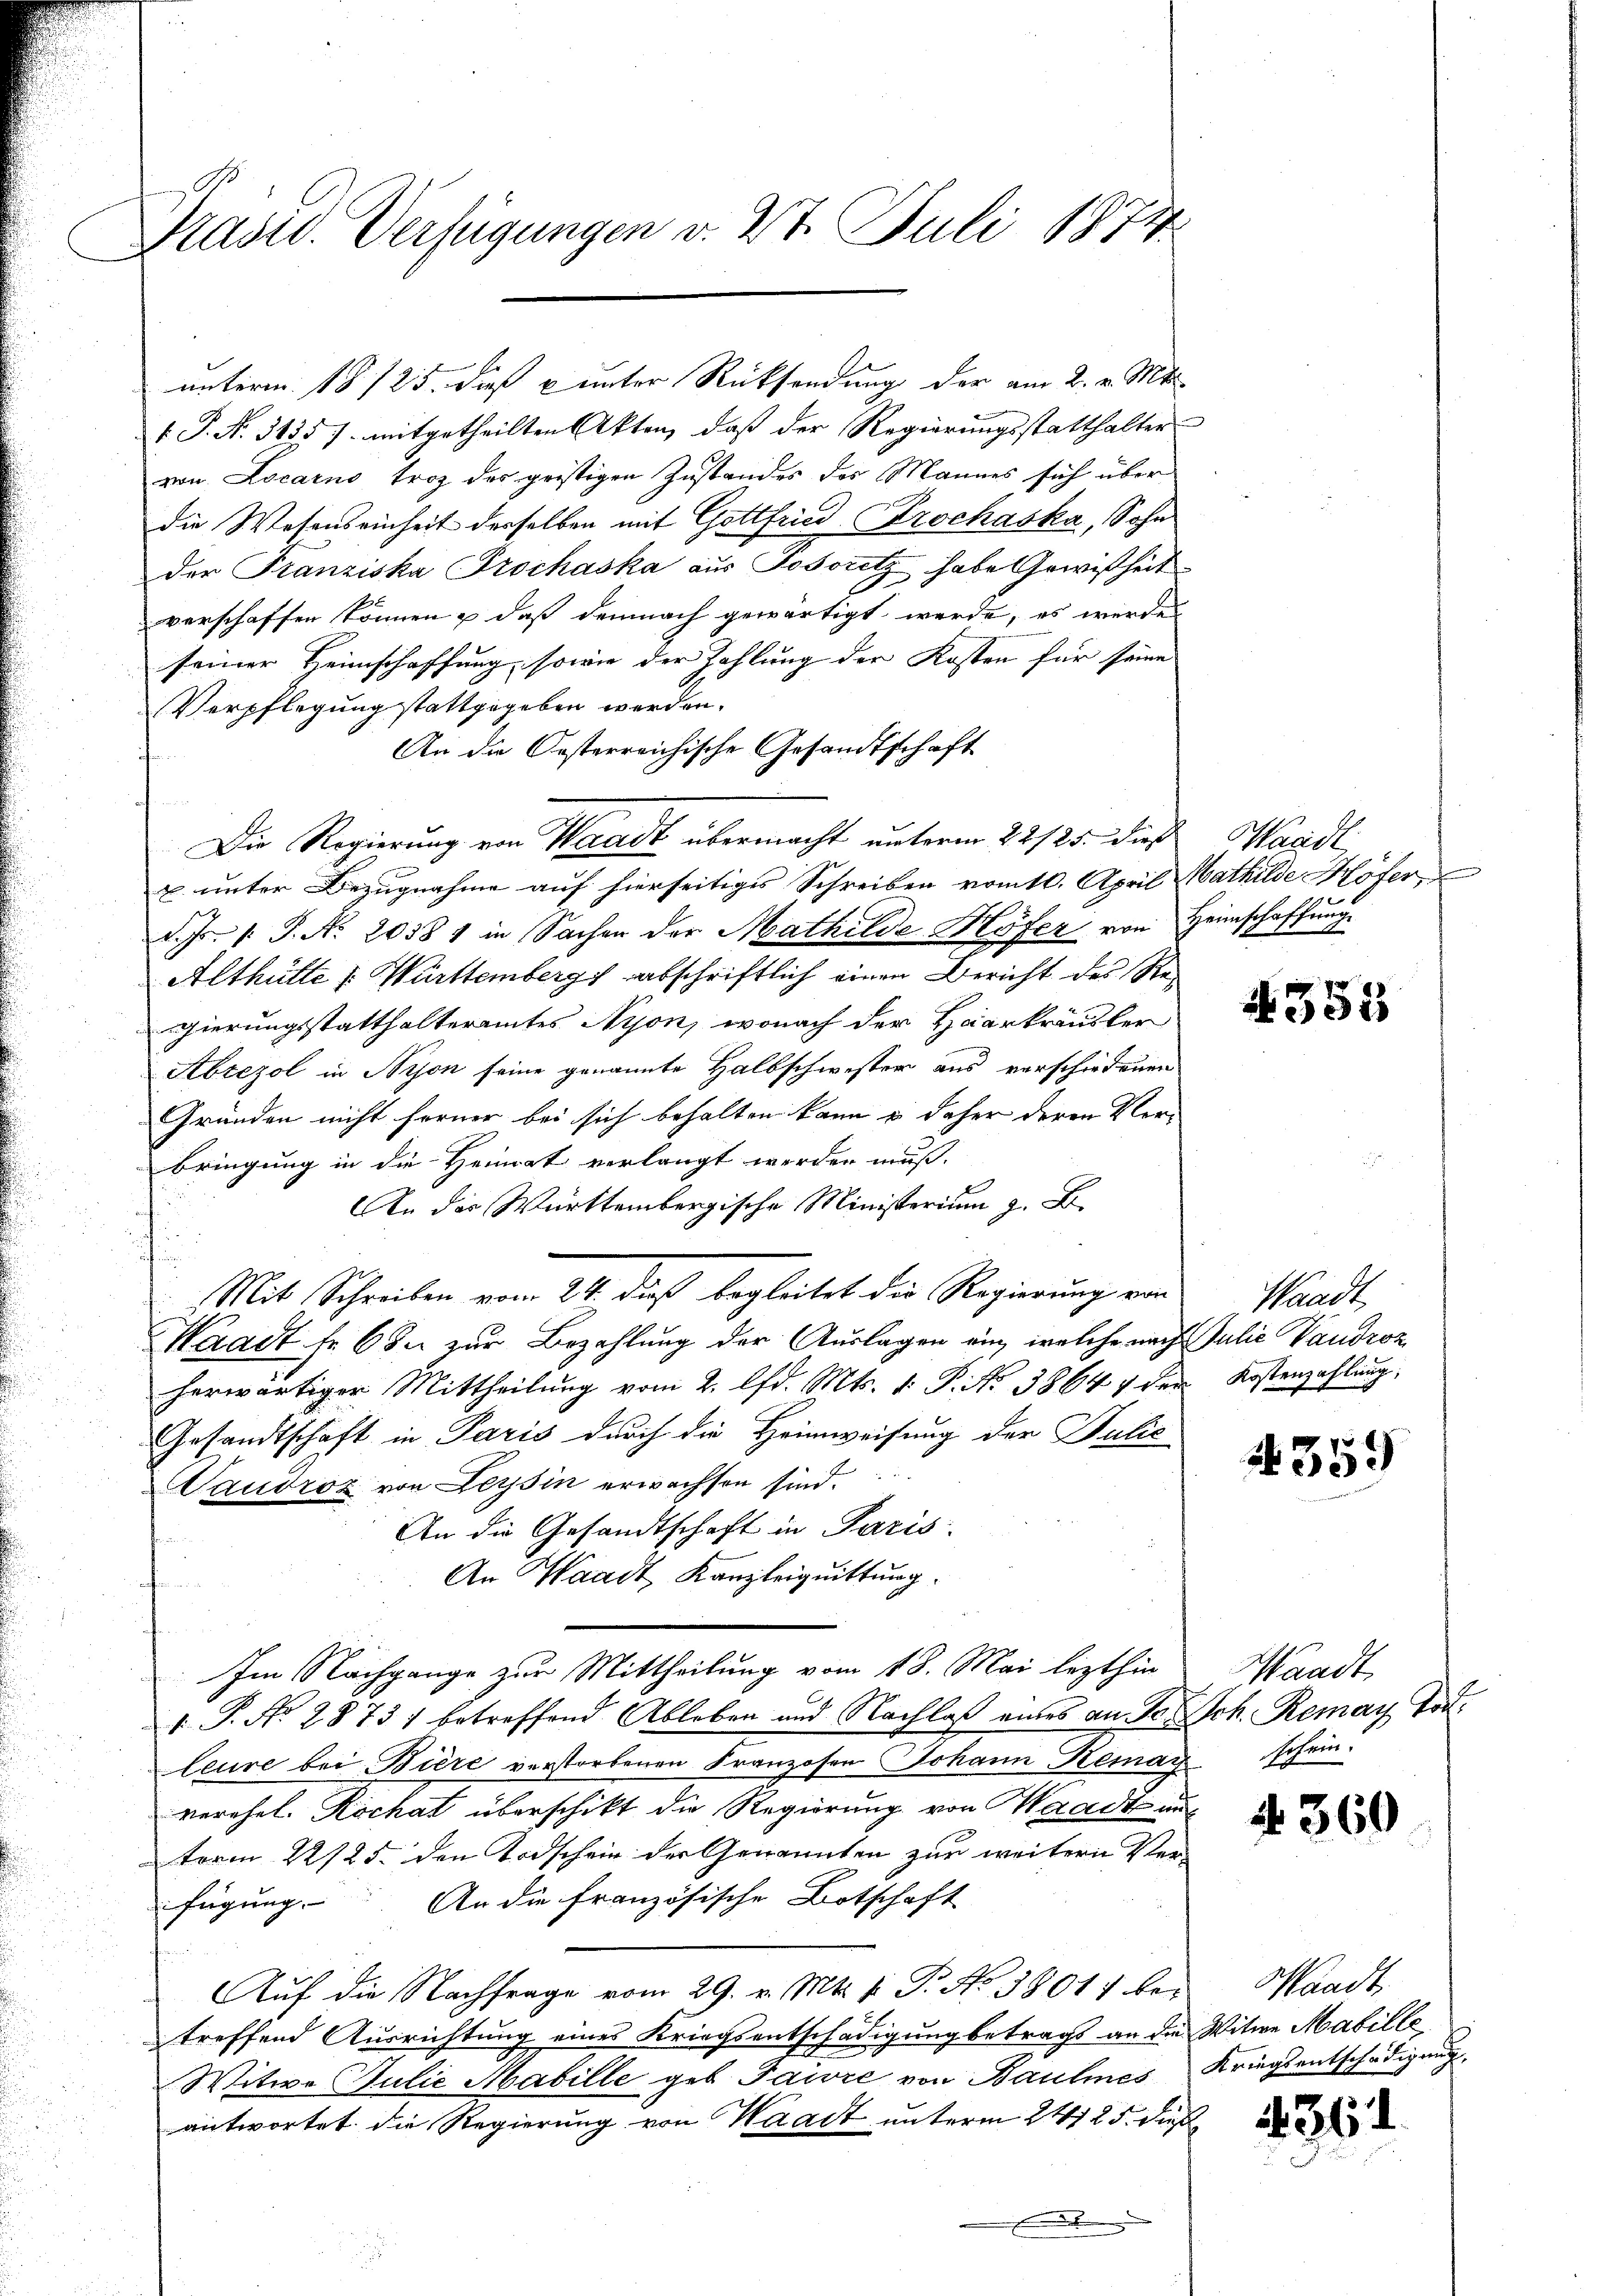
Präsid. Verfügungen v. 27. Juli 1874

1 P. Nr. 3135 f. mitgetheilten Akten, daß der Regierungsstatthalter
von Locarno troz der geistigen Zustandes des Mannes sich über
die Wesenseinheit desselben mit Gottfried-Brochaska, Sohn
der Franziska Prochaska aus Josoritz habe Gewißheit
verschaffen können & daß demnach gewärtigt werde, es werde
seiner Heimschaffung, sowie der Zahlung der Kosten für seine
Verpflegung stattgegeben werden.
An die Oesterreichische Gesandtschaft
t

Die Regierung von Waadt übermacht unterm 22/25. dieß Wandl
u unter Bezugnahme auf hierseitiges Schreiben vom 10. April Mathilde Höfer,
d. Js. s. S. Nr. 20581 in Sachen der Mathilde Höfer von Heimschaffung
Althülle v. Württemberg abschriftlich einen Bericht des Regierungsstatthalteramtes Nyon, wonach der Haarkräusler
Abzezol in Nyon seine genannte Halbschwester aus verschiedenen
Gründen nicht ferner bei sich behalten kann u. daher deren Vorbringung in die Heimat verlangt werden muß.
An der Württembergische Ministerium z. B.
Waadt selbe zur Bezahlung der Auslagen ein, welche nach Julie Vaudroz
herwärtiger Mittheilung vom 2. lfd. Mts. v. P. Nr. 38647 der Kostenzahlung
Gesandtschaft in Paris durch die Heimweisung der Julić
Naudroz von Leysin erwachsen sind.
An die Gesandtschaft in Paris.
.
An Waadt, Kanzleiquittung.
Im Nachgange zur Mittheilung vom 18. Mai lezthin
1. P. Nr. 2873) betreffend Ableben und Nachlaß eines an so Sch. Remay Tod.
leure bei Bière verstorbenen Franzosen Johann Kemay schein
verehel. Kochat überschikt die Regierung von Waadt un
 term 22/25. den Todschein der Genannten zur weitern Ver¬
An die französische Botschaft
fügung
Auf die Nachfrage vom 29. v. Mts. v. Pr. No 38017 des Waadt
treffend Ausrichtung eines Kriegsentschädigung betrags an die Witwe Mabille
Witwe Julie Mabille geb. Tawre von Baulines Kriegsentschädigung,
antwortet die Regierung von Waadt unterm 24125. dieß
.

unterm 18/25. dieß unter Rücksendung der am 2. v. Mts.

Mit Schreiben vom 24. dieß begleitet die Regierung von Waadt

353

4359

Waadt

No. 360

4564